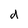
Character: d